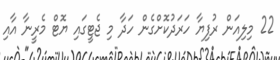
22 މިލިއަން ރުފިޔާ ހަރަދުކޮށްގެން ހަދާ މި ޖެޓީގައި ޔޮޓް މެރީނާ އާއި